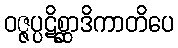
ဝဇ္ဇပ္ပဋိစ္ဆာဒိကာတိပေ